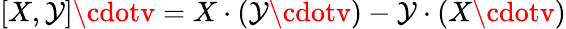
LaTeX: [X,\mathcal{Y}]\cdotv=X\cdot(\mathcal{Y}\cdotv)-\mathcal{Y}\cdot(X\cdotv)